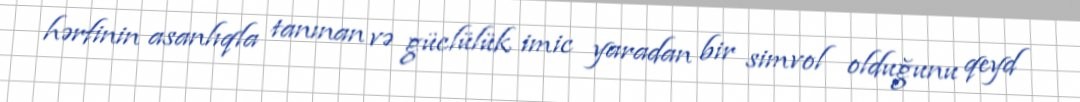
hərfinin asanlıqla tanınan və güclülük imic yaradan bir simvol olduğunu qeyd